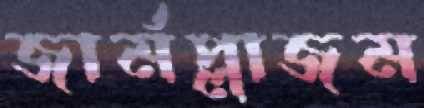
জার্মপ্লাজম